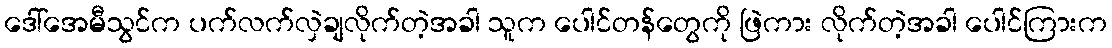
ဒေါ်အေမီသွင်က ပက်လက်လှဲချလိုက်တဲ့အခါ သူက ပေါင်တန်တွေကို ဖြဲကား လိုက်တဲ့အခါ ပေါင်ကြားက